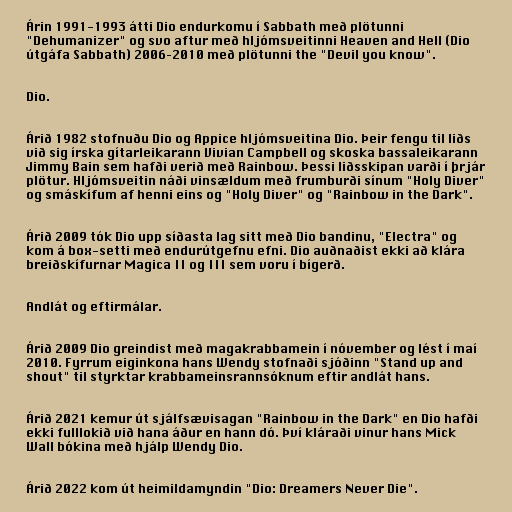
Árin 1991-1993 átti Dio endurkomu í Sabbath með plötunni
"Dehumanizer" og svo aftur með hljómsveitinni Heaven and Hell (Dio
útgáfa Sabbath) 2006–2010 með plötunni the "Devil you know".

Dio.

Árið 1982 stofnuðu Dio og Appice hljómsveitina Dio. Þeir fengu til liðs
við sig írska gítarleikarann Vivian Campbell og skoska bassaleikarann
Jimmy Bain sem hafði verið með Rainbow. Þessi liðsskipan varði í þrjár
plötur. Hljómsveitin náði vinsældum með frumburði sínum "Holy Diver"
og smáskífum af henni eins og "Holy Diver" og "Rainbow in the Dark".

Árið 2009 tók Dio upp síðasta lag sitt með Dio bandinu, "Electra" og
kom á box-setti með endurútgefnu efni. Dio auðnaðist ekki að klára
breiðskífurnar Magica II og III sem voru í bígerð.

Andlát og eftirmálar.

Árið 2009 Dio greindist með magakrabbamein í nóvember og lést í maí
2010. Fyrrum eiginkona hans Wendy stofnaði sjóðinn "Stand up and
shout" til styrktar krabbameinsrannsóknum eftir andlát hans.

Árið 2021 kemur út sjálfsævisagan "Rainbow in the Dark" en Dio hafði
ekki fulllokið við hana áður en hann dó. Því kláraði vinur hans Mick
Wall bókina með hjálp Wendy Dio.

Árið 2022 kom út heimildamyndin "Dio: Dreamers Never Die".